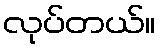
လုပ်တယ်။